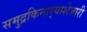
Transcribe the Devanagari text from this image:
समुद्रकिनार्‍याशेजारी